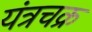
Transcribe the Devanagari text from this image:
यंत्रचक्र